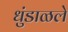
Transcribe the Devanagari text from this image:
धुंडाळले